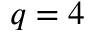
q = 4